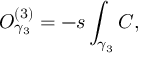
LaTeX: { \cal O } _ { \gamma _ { 3 } } ^ { ( 3 ) } = - s \int _ { \gamma _ { 3 } } C ,